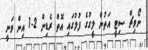
ނޯވިޗް ސިޓީ އަތުން ލީގުގެ ފުލުގައި އޮތް ރެޑިން 2-1 އިން ވަނީ